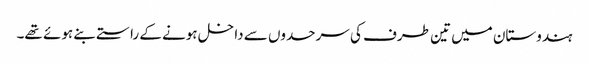
ہندوستان میں تین طرف کی سرحدوں سے داخل ہونے کے راستے بنے ہوئے تھے۔